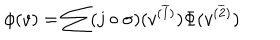
LaTeX: \phi ( v ) = \sum ( j \circ \sigma ) ( v ^ { ( \overline { { 1 } } ) } ) \Phi ( v ^ { ( \overline { { 2 } } ) } )